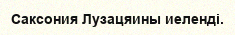
Саксония Лузацяины иеленді.